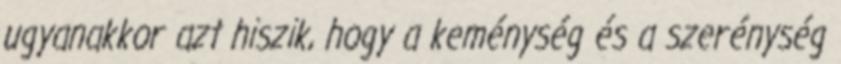
ugyanakkor azt hiszik, hogy a keménység és a szerénység